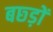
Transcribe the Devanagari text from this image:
बछ्ड़ों